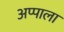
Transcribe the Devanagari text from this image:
अप्पाला